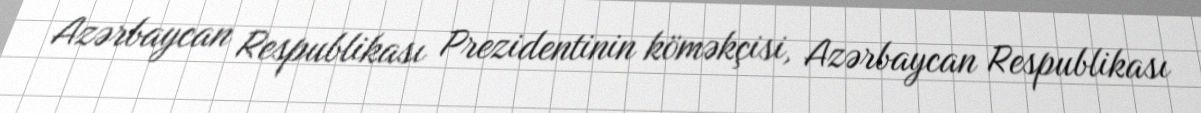
Azərbaycan Respublikası Prezidentinin köməkçisi, Azərbaycan Respublikası